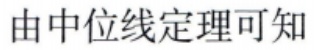
由中位线定理可知